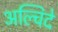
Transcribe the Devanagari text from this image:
अल्चिदे